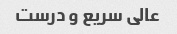
عالی سریع و درست